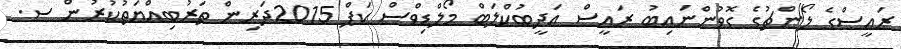
ރައީސްގެ ލޯންޗުގެ ގޮވުންނައިބު ރައީސް އަދީބުކްލަބް މޯލްޑިވްސް ކަޕް 2015ދަރިން ތަރުބިއްޔަތުކުރުން ސ.